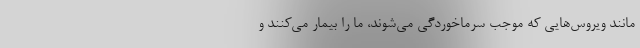
مانند ویروس‌هایی که موجب سرماخوردگی می‌شوند، ما را بیمار می‌کنند و